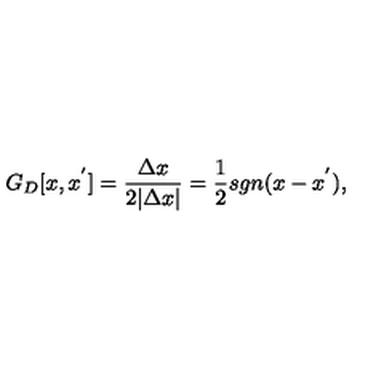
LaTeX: G _ { D } [ x , x ^ { ' } ] = \frac { \Delta x } { 2 \vert \Delta x \vert } = \frac { 1 } { 2 } s g n ( x - x ^ { ' } ) ,